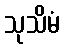
သုသိမံ